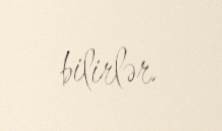
bilirlər.